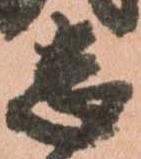
志